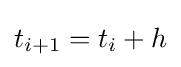
t_{i+1}=t_{i}+h